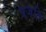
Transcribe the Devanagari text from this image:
प्रजति